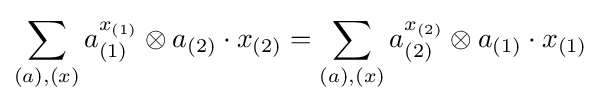
\sum _{(a),(x)}a_{(1)}^{x_{(1)}}\otimes a_{(2)}\cdot x_{(2)}=\sum _{(a),(x)}a_{(2)}^{x_{(2)}}\otimes a_{(1)}\cdot x_{(1)}